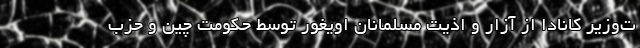
ت‌وزیر کانادا از آزار و اذیت مسلمانان اویغور توسط حکومت چین و حزب